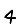
Digit: 4